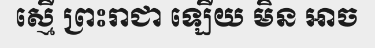
ស្មើ ព្រះរាជា ឡើយ មិន អាច